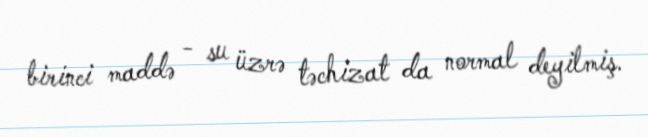
birinci maddə - su üzrə təchizat da normal deyilmiş.